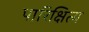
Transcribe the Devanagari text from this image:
पारिक्षित्य